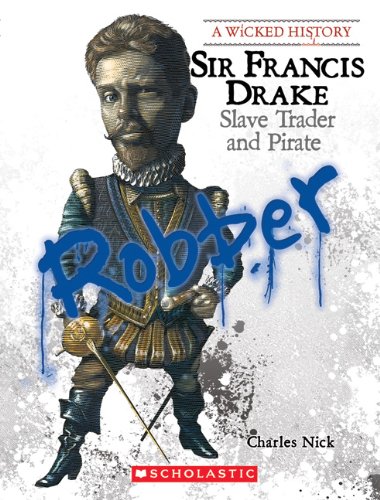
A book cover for Sir Francis Drake: Slave Trader and Pirate (Wicked History); Charles Nick; Teen & Young Adult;